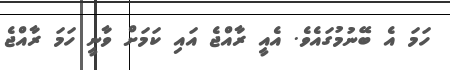
ހަމަ އެ ބޭނުމުގައެވެ. އެއީ ރާއްޖެ އައި ކަަމަށް ވާނީ ހަމަ ރާއްޖެ